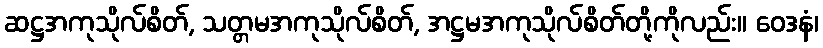
ဆဋ္ဌအကုသိုလ်စိတ်, သတ္တမအကုသိုလ်စိတ်, အဋ္ဌမအကုသိုလ်စိတ်တို့ကိုလည်း။ ဝေဒနံ၊